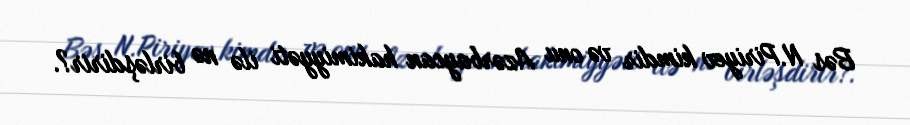
Bəs N.Piriyev kimdir və onu Azərbaycan hakimiyyəti ilə nə birləşdirir?.